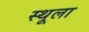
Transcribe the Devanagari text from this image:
स्थूला